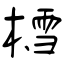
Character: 樰